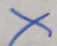
x